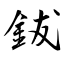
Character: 鈸